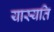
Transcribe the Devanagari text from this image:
यास्यति